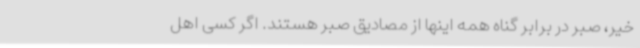
خیر، صبر در برابر گناه همه اینها از مصادیق صبر هستند. اگر کسی اهل